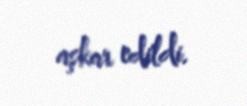
aşkar edildi.